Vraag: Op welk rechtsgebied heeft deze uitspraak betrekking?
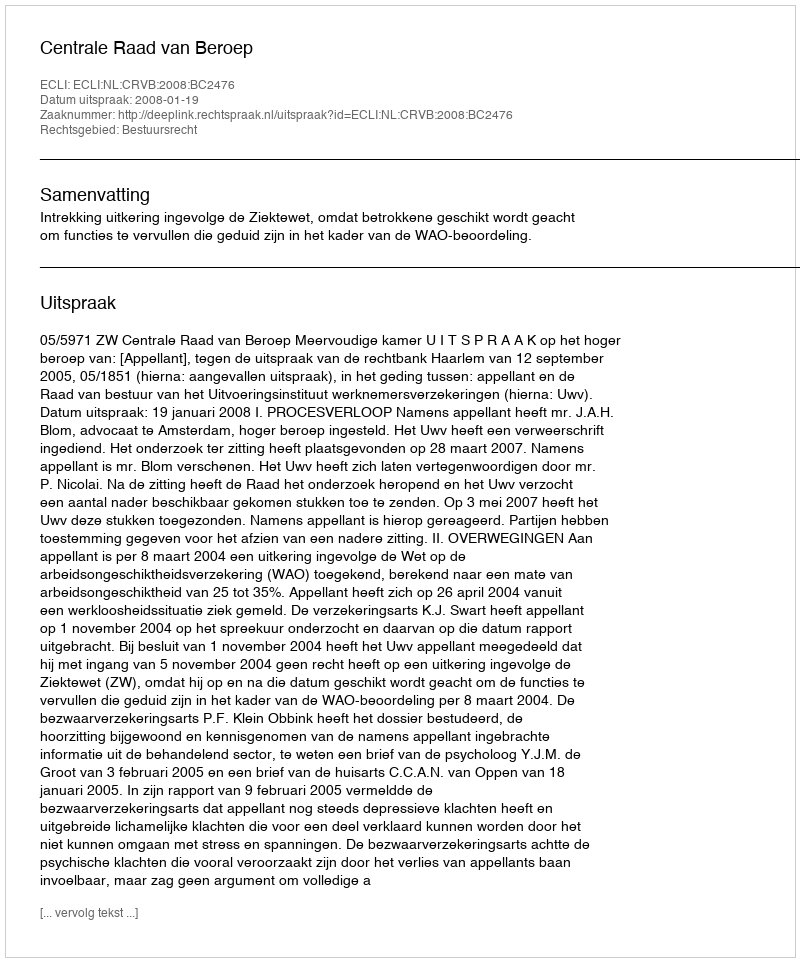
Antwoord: Bestuursrecht